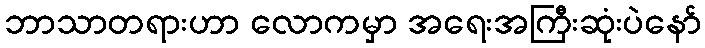
ဘာသာတရားဟာ လောကမှာ အရေးအကြီးဆုံးပဲနော်